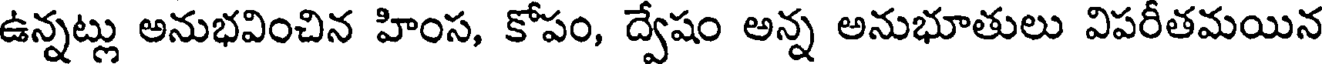
ఉన్నట్లు అనుభవించిన హింస, కోపం, ద్వేషం అన్న అనుభూతులు విపరీతమయిన